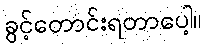
ခွင့်တောင်းရတာပေါ့။